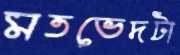
মতভেদটা